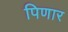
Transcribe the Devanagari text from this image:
पिणार